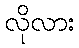
လိုလား